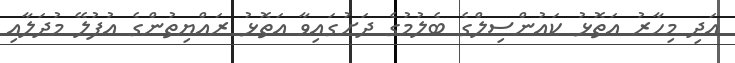
އަދި މިހާރު އަތޮޅު ކައުންސިލްގެ ބެލުމުގެ ދަށުގައިވާ އަތޮޅު ރައްޔިތުންގެ އުފުލޭ މުދަލާއި